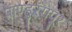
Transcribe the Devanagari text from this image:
पाण्डुरंगपूर